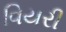
વિયરી